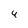
Character: 4